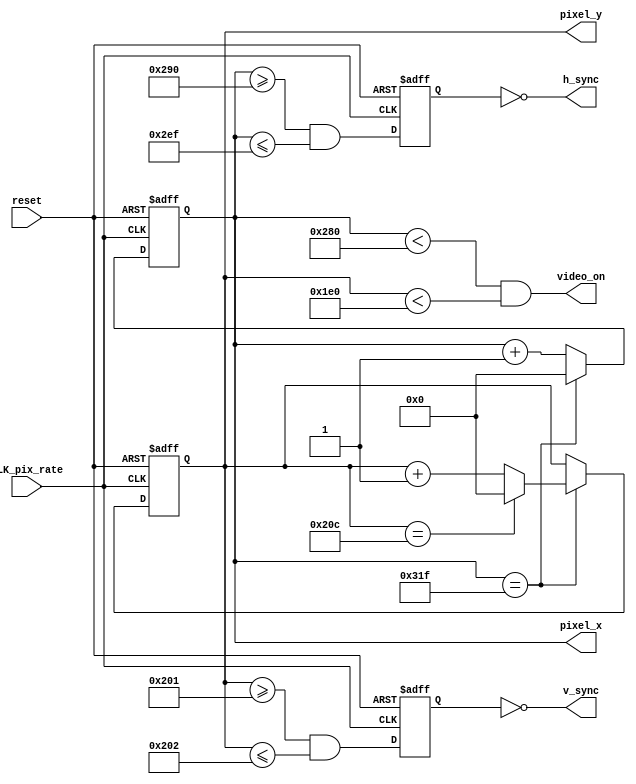
`timescale 1ns / 1ps
//////////////////////////////////////////////////////////////////////////////////
// Company: 
// Engineer: 
// 
// Design Name: 
// Module Name:    Sincronizador 
// Project Name: 
// Target Devices: 
// Tool versions: 
// Description: 
//
// Dependencies: 
//
// Revision: 
// Revision 0.01 - File Created
// Additional Comments: 
//
//////////////////////////////////////////////////////////////////////////////////
module Sincronizador(
    input reset, CLK_pix_rate,
	 output wire h_sync, v_sync, video_on,
	 output wire [9:0] pixel_x, pixel_y
	 );
	 //Parametros de la pantalla horizontales
	 localparam H_Disp=640;
	 localparam H_Front=48;
	 localparam H_Back=16;
	 localparam H_Ret=96;
	 //Parametros de la pantalla verticales
	 localparam V_Disp=480;
	 localparam V_Front=10;
	 localparam V_Back=33;
	 localparam V_Ret=2;
	 	
	 
	 reg [9:0] h_cont_reg, h_cont_sig;
	 reg [9:0] v_cont_reg, v_cont_sig;
	 
	 reg v_sync_reg, h_sync_reg;
	 wire v_sync_sig, h_sync_sig;
	 
	 wire h_fin, v_fin;
	 
	 always @(posedge CLK_pix_rate, posedge reset)
	 begin
		if (reset)
		begin
			v_cont_reg<=0;
			h_cont_reg<=0;
			v_sync_reg<=0;
			h_sync_reg<=0;
		end
		
		else
		begin
			v_cont_reg<=v_cont_sig;
			h_cont_reg<=h_cont_sig;
			v_sync_reg<=v_sync_sig;
			h_sync_reg<=h_sync_sig;
		end
	 end
	 
	 assign h_fin=(h_cont_reg==(H_Disp+H_Front+H_Back+H_Ret-1));
	 assign v_fin=(v_cont_reg==(V_Disp+V_Front+V_Back+V_Ret-1));
	 
	 //Contadores tanto de la lnea como del pixel
	 always @*
	 begin
		if (h_fin)
			h_cont_sig=0;
			
		else
			h_cont_sig=h_cont_reg+10'd1;
	 end
	 
	 always @*
	 begin
		if(h_fin)
		begin
			if (v_fin)
				v_cont_sig=0;
			else
				v_cont_sig=v_cont_reg+10'd1;
		end
		
		else v_cont_sig=v_cont_reg;
	 end
	 
	 //Sincronizacin vertical y horizontal
	 assign h_sync_sig =(h_cont_reg>=(H_Disp+H_Back) && h_cont_reg<=(H_Disp+H_Back+H_Ret-1));
	 assign v_sync_sig =(v_cont_reg>=(V_Disp+V_Back) && v_cont_reg<=(V_Disp+V_Back+V_Ret-1));
	 
	 //Estado del vdeo
	 assign video_on = ((h_cont_reg<H_Disp) && (v_cont_reg<V_Disp));
	 
	 //Salidas
	 assign h_sync = ~h_sync_reg;
	 assign v_sync = ~v_sync_reg;
	 assign pixel_x = h_cont_reg;
	 assign pixel_y = v_cont_reg;
		 
endmodule